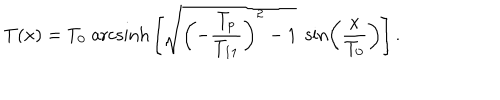
LaTeX: T ( x ) = T _ { 0 } \; \mathrm { a r c s i n h } \left[ \sqrt { \left( - \frac { T _ { p } } { T _ { 1 1 } } \right) ^ { 2 } - 1 } \; \sin \left( \frac { x } { T _ { 0 } } \right) \right] .